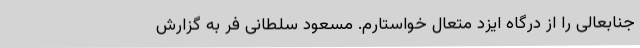
جنابعالی را از درگاه ایزد متعال خواستارم. مسعود سلطانی فر به گزارش